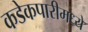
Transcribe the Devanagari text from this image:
कडेकपारीमध्ये